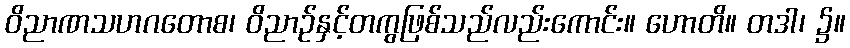
ဝိညာဏသဟဂတောစ၊ ဝိညာဉ်နှင့်တကွဖြစ်သည်လည်းကောင်း။ ဟောတိ။ တဒါ၊ ၌။